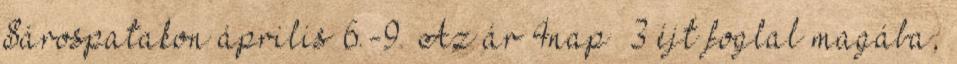
Sárospatakon április 6.-9. Az ár 4nap 3 éjt foglal magába,